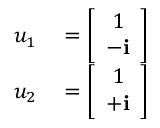
\begin{array} { r l } { u _ { 1 } } & { { } = { \left[ \begin{array} { l } { { \ } 1 } \\ { - \mathbf { i } } \end{array} \right] } } \\ { u _ { 2 } } & { { } = { \left[ \begin{array} { l } { { \ } 1 } \\ { + \mathbf { i } } \end{array} \right] } } \end{array}